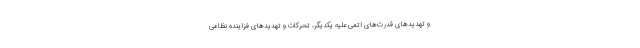
و تهدیدهای قدرت‌های اتمی علیه یکدیگر، تحرکات و تهدیدهای فزاینده نظامی